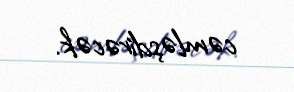
cəmləşdirəcək.